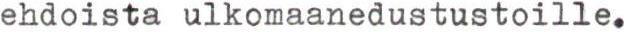
ehdoista ulkomaanedustustoille.